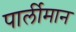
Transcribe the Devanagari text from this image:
पार्लीमान